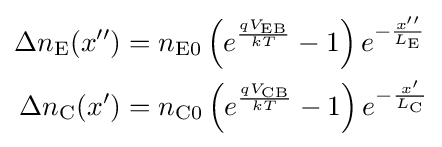
{\begin{aligned}\Delta n_{\text{E}}(x'')&=n_{{\text{E}}0}\left(e^{\frac {qV_{\text{EB}}}{kT}}-1\right)e^{-{\frac {x''}{L_{\text{E}}}}}\\\Delta n_{\text{C}}(x')&=n_{{\text{C}}0}\left(e^{\frac {qV_{\text{CB}}}{kT}}-1\right)e^{-{\frac {x'}{L_{\text{C}}}}}\end{aligned}}